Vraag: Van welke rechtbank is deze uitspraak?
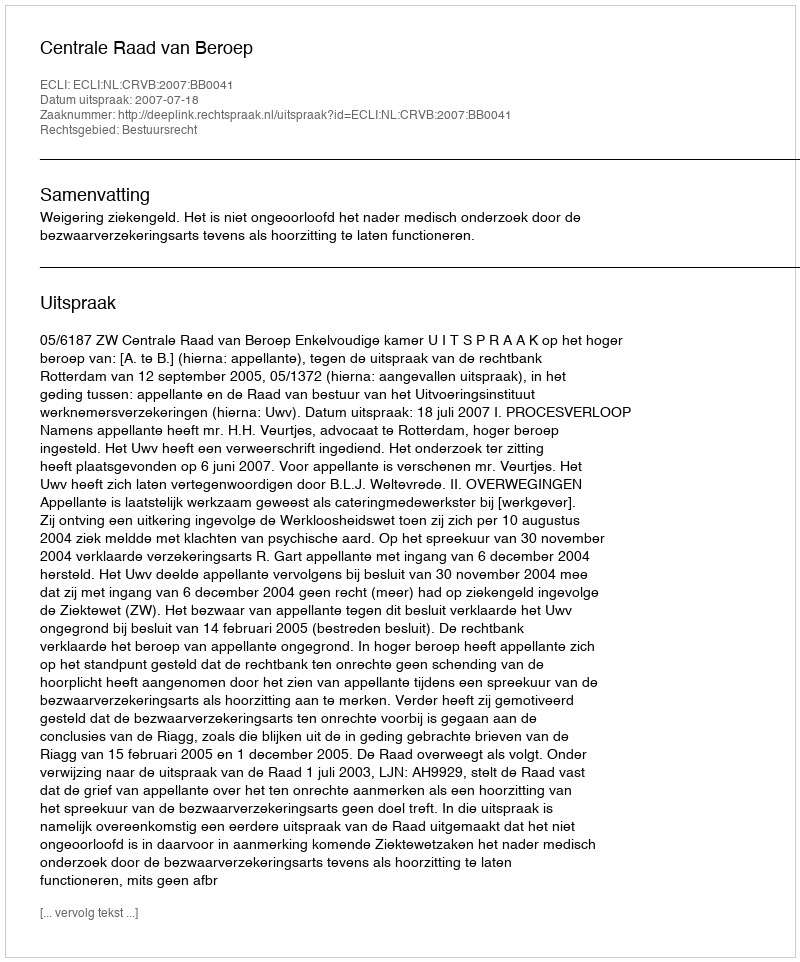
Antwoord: Centrale Raad van Beroep